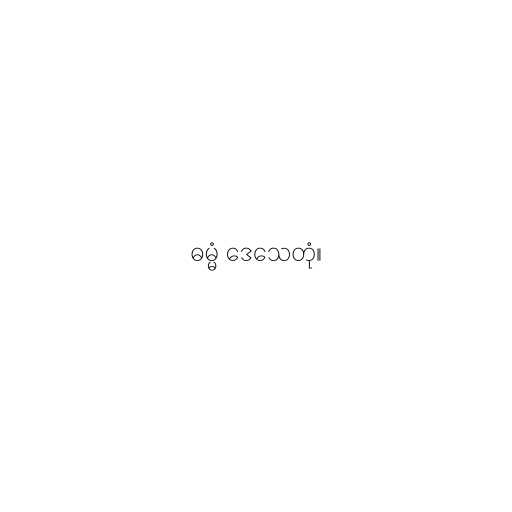
ဓမ္မံ ဒေသေတုံ။